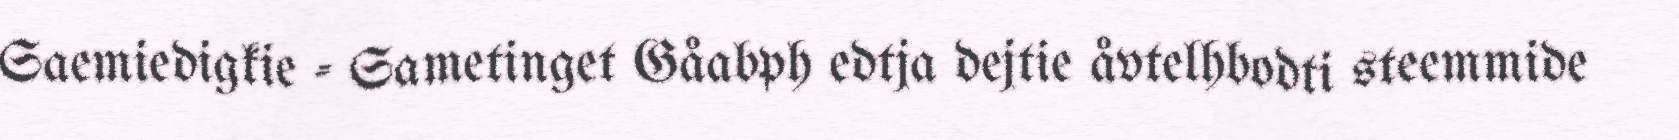
Saemiedigkie - Sametinget Gåabph edtja dejtie åvtelhbodti steemmide